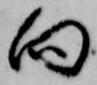
向